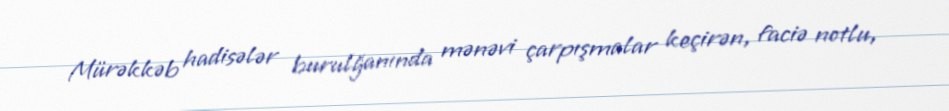
Mürəkkəb hadisələr burulğanında mənəvi çarpışmalar keçirən, faciə notlu,